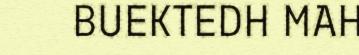
BUEKTEDH MAH